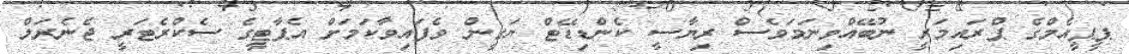
ޕީޕީއެމްގެ ޕްރައިމަރީ ނުބޭއްވިނަމަވެސް ރިޔާސީ ކެންޑިޑޭޓް ޔަގީން ވެފައިވާކަމަށް އެޕާޓީގެ ސެކްރެޓަރީ ޖެނެރަލް